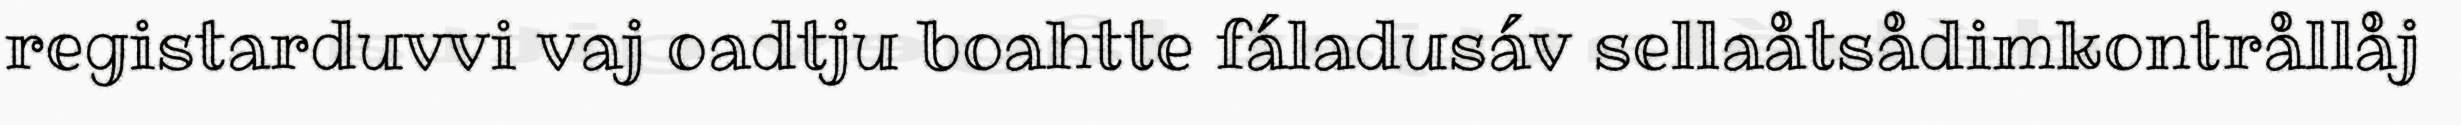
registarduvvi vaj oadtju boahtte fáladusáv sellaåtsådimkontrållåj